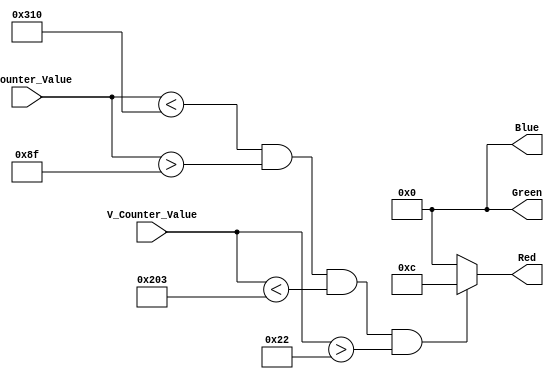
`timescale 1ns / 1ps
//////////////////////////////////////////////////////////////////////////////////
// Company: 
// Engineer: 
// 
// Design Name: 
// Module Name: default_screen
// Project Name: 
// Target Devices: 
// Tool Versions: 
// Description: 
// 
// Dependencies: 
// 
// Revision:
// Revision 0.01 - File Created
// Additional Comments:
// 
//////////////////////////////////////////////////////////////////////////////////


module default_screen(
    input [15:0] H_Counter_Value,
    input [15:0] V_Counter_Value,
    output reg [3:0] Red,
    output reg [3:0] Green,
    output reg [3:0] Blue
    );
    
    always @(*) begin
        if (!(H_Counter_Value < 784 && H_Counter_Value >143 && V_Counter_Value <515 && V_Counter_Value > 34)) begin
            Red = 4'h0; Blue = 4'h0; Green = 4'h0;
        end
        else begin
            Red = 4'hc; Blue = 4'h0; Green = 4'h0;
        end
    end
endmodule